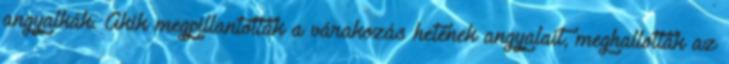
angyalkák. Akik megpillantották a várakozás hetének angyalait, meghallották az